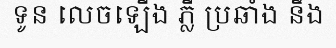
ទូន លេចឡើង ភ្លឺ ប្រឆាំង នឹង